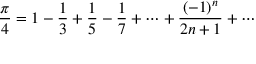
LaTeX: { \frac { \pi } { 4 } } = 1 - { \frac { 1 } { 3 } } + { \frac { 1 } { 5 } } - { \frac { 1 } { 7 } } + \cdots + { \frac { ( - 1 ) ^ { n } } { 2 n + 1 } } + \cdots